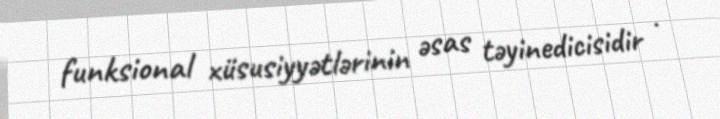
funksional xüsusiyyətlərinin əsas təyinedicisidir .